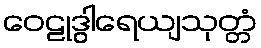
ဝေဠုဒွါရေယျသုတ္တံ